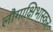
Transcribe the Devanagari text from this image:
लौगाक्षिभास्कर